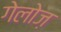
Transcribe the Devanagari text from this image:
गेलोज़